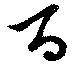
百